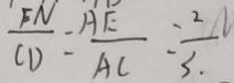
\frac { F N } { C D } = \frac { A E } { A C } = \frac { 2 } { 3 . }